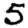
Digit: 5